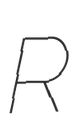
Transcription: R